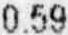
0.59